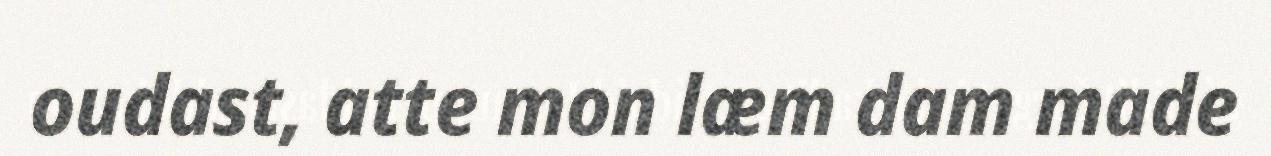
oudast, atte mon læm dam made